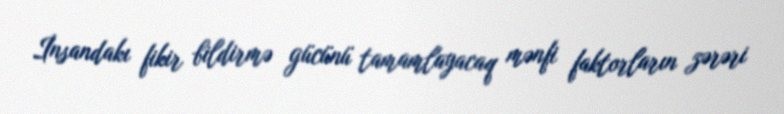
İnsandakı fikir bildirmə gücünü tamamlayacaq mənfi faktorların zərəri